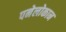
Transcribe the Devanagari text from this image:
पनेलोकान